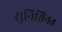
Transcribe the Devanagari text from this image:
सुनिश्चिनत